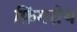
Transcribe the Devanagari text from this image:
फ़िंगरोथ